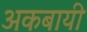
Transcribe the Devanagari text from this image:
अकबायी